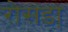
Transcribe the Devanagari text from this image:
रोसडा़